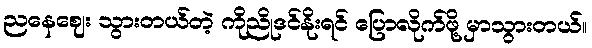
ညနေဈေး သွားတယ်တဲ့ ကိုညိုဒင်နိုးရင် ပြောလိုက်ဖို့ မှာသွားတယ်။